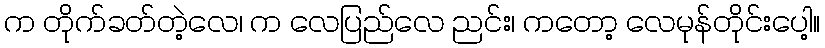
က တိုက်ခတ်တဲ့လေ၊ က လေပြည်လေ ညင်း၊ ကတော့ လေမုန်တိုင်းပေါ့။